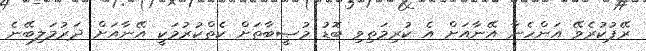
ރޭޕުކުރެވޭ އަންހެނާ އޭނާއަށް އެ ކުރިމަތިވި ބޮޑު މުޞީބާތަށް ކެތްކުރުމަކީ އޭނާއަށް ދަރުމަލިބޭނެ